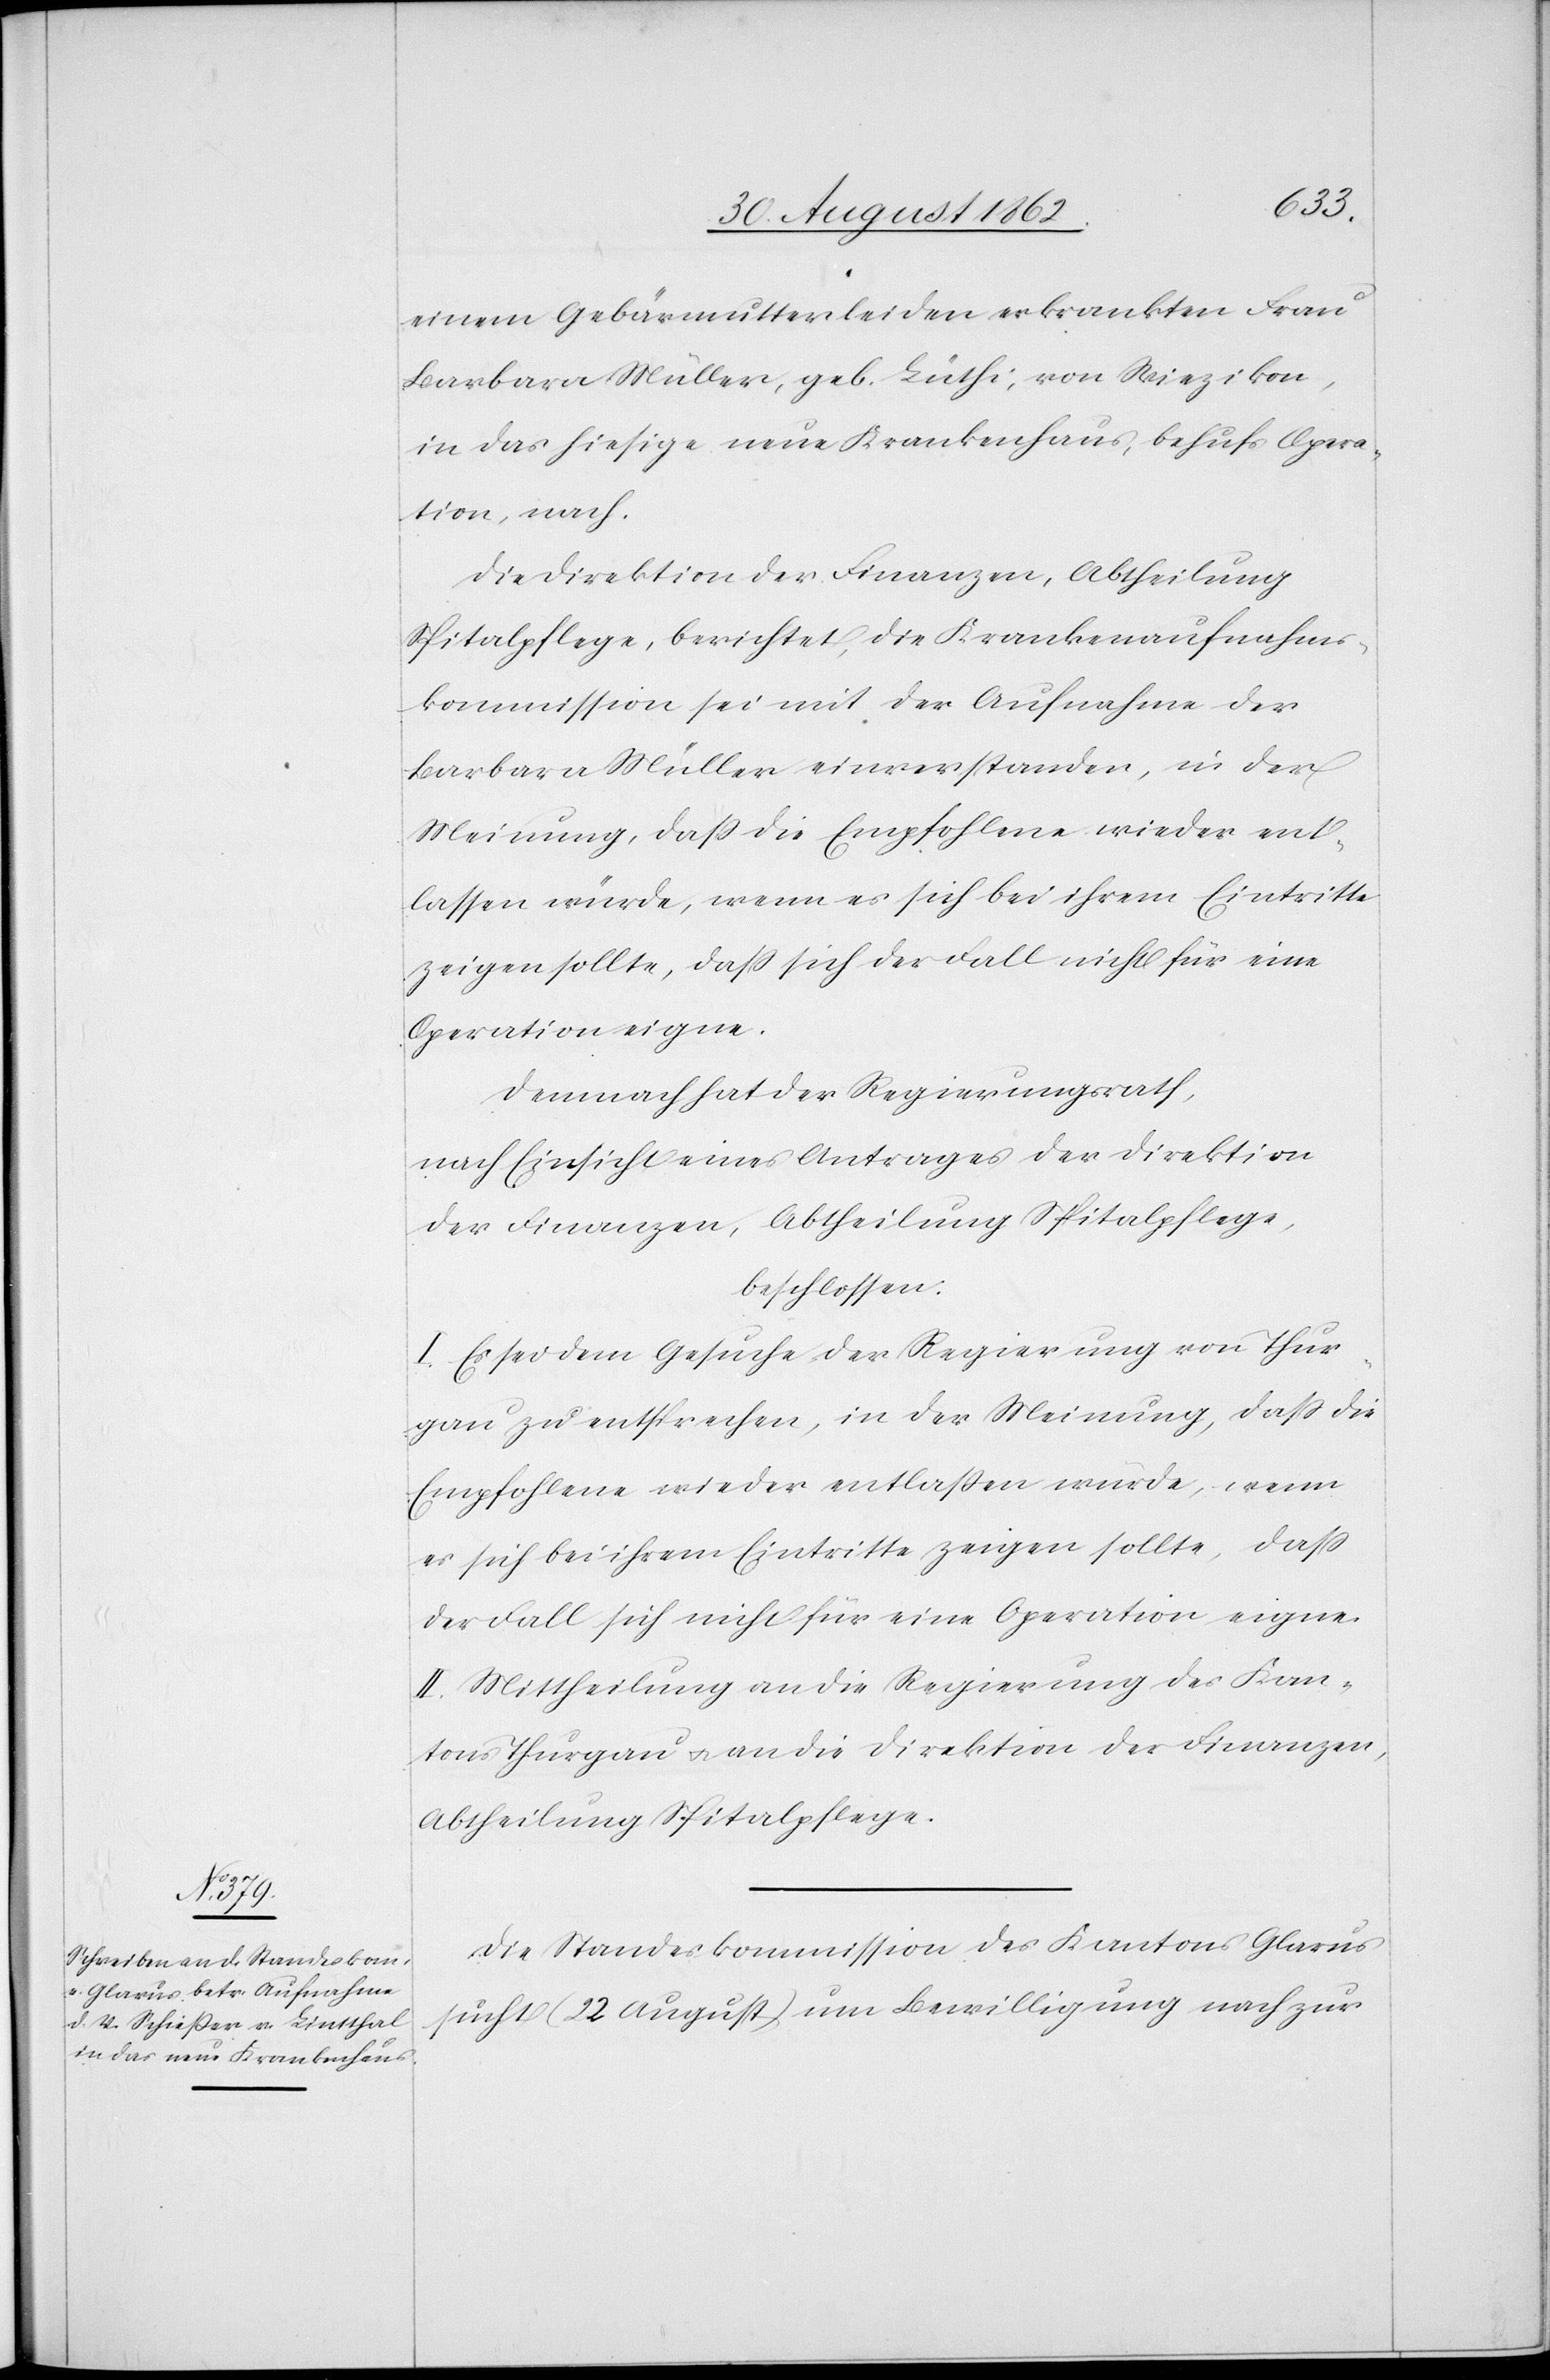
den

30. August 1862.]
einem Gebärmutterleiden erkrankten Frau
Barbara Müller, geb. Lühti, von Wiezikon,
in das hiesige neue Krankenhaus, behufs Opera¬
tion, nach.
Die Direktion der Finanzen, Abtheilung
Spitalpflege, berichtet, die Krankenaufnahms¬
kommission sei mit der Aufnahme der
Barbara Müller einverstanden, in der
Meinung, daß die Empfohlene wieder ent¬
lassen würde, wenn es sich bei ihrem Eintritte
zeigen sollte, daß sich der Fall nicht für eine
Operation eigne.
Demnach hat der Regierungsrath,
nach Einsicht eines Antrages der Direktion
der Finanzen, Abtheilung Spitalpflege,
beschlossen:
I. Es sei dem Gesuche der Regierung von Thur¬
gau zu entsprechen, in der Meinung, daß die
Empfohlene wieder entlaßen würde, wenn
es sich bei ihrem Eintritte zeigen sollte, daß
der Fall sich nicht für eine Operation eigne.
II. Mittheilung an die Regierung des Kan¬
tons Thurgau u. an die Direktion der Finanzen,
Abtheilung Spitalpflege.
Die Standeskommission des Kantons Glarus
sucht (22. August) um Bewilligung nach zur